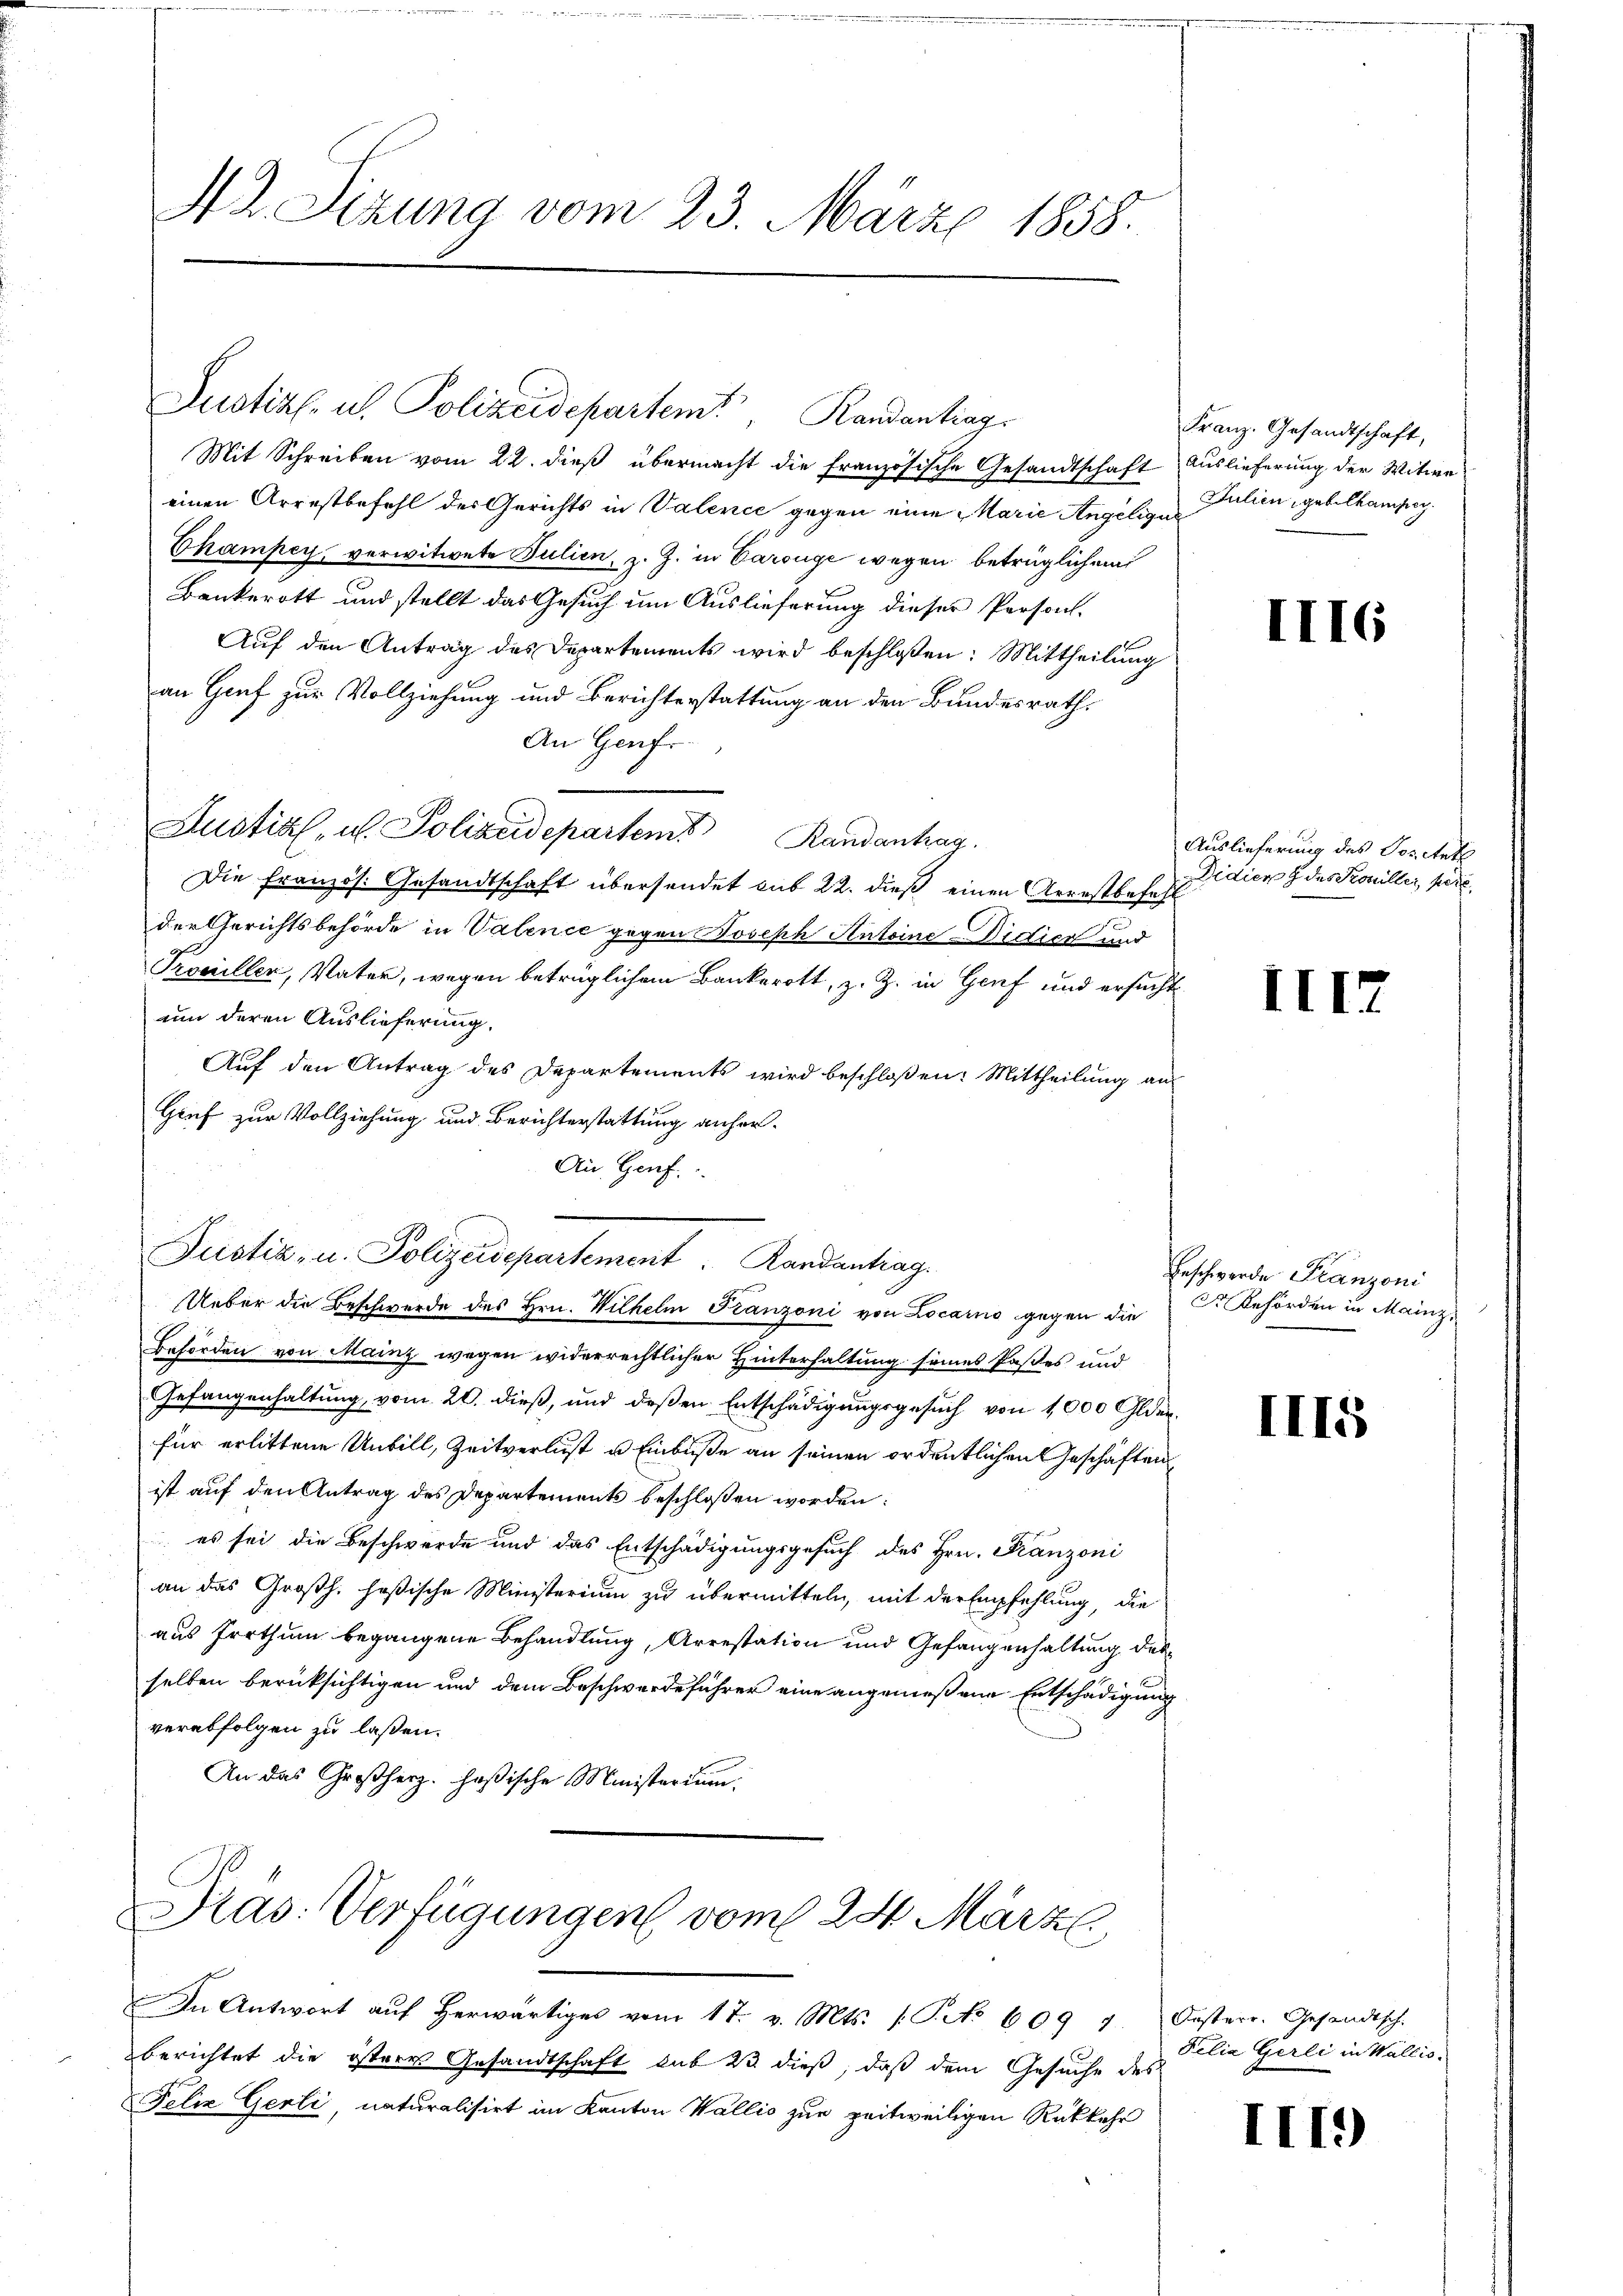
Justiz u. Polizeidepartem Randantrag
Mit Schreiben vom 22. dieß übermacht die französische Gesandtschaft
einen Arrestbefehl des Gerichts in Valence gegen eine Marie Angelige
Champey, verwitwete Julien, z. Z. in Carouge wegen beträglichen
Bankerott und stellt das Gesuch um Auslieferung dieser Person.
Auf den Antrag des Departements wird beschlossen: Mittheilung
an Genf zur Vollziehung und Berichterstattung an den Bundesrath,
An Genf
Justiz- u. Polizeidepartem Randantrag
Die französ. Gesandtschaft übersendet sub 22. dieß einen Arrestbefeh
der Gerichtsbehörde in Valence gegen Joseph Antoine-Didier und
Procieller, Vater, wegen betrüglichem Bankerott, z. Z. in Genf und ersuchum deren Auslieferung.
Auf den Antrag des Departements wird beschloßen: Mittheilung an
Gruf zur Vollziehung und Berichterstattung anher¬
Au, Genf
Justiz- u. Polizeidepartement Randantrag.
Ueber die Beschwerde des Hrn. Wilhelm Franzoni von Locarno gegen die
Behörden von Mainz wegen widerrechtlicher Hinterhaltung seines Paßes und
Gefangenhaltung, vom 20. dieß, und deßen Entschädigungsgesuch von 1000 Glderfür erlittene Unbill, Zeitverlust u. Einbuße an seinen ordentlichen Geschäften
ist auf den Antrag des Departements beschloßen worden:
es sei die Beschwerde und das Entschädigungsgesuch des Hrn. Franzoni
an das Großh. hößische Ministerium zu übermitteln, mit der Empfehlung, die
aus Irrthum begangene Behandlung, Arrestation und Gefangenhaltung der
selben berücksichtigen und dem Beschwerdeführer eine angemeßene Entschädigung
verabfolgen zu lassen.
An das Großherz. Haßische Ministerium

AL Sizung vom 23. März 1858.

In Antwort aŭf herwärtiges vom 17. v. Mts. (T. No 609 1.
berichtet die östere Gesandtschaft sub 23 dieß, daß dem Gesuche des
Felix Gerli, naturalisirt im Kanton Wallis zur zeitweiligen Rükkehr

Pas: Verfügungen vom 24. Märzl.

Franz. Gesandtschaft,
Auslieferung der Witwe
Julien, gebilkamper.

II

Auslieferung des Positat
Didierz des Koniller pere

II

1

Beschwerde Franzoni
r Behörden in Mainz.

III5

Oesterr. Gesandtsch
Felia Gerli in Wallis.

III)